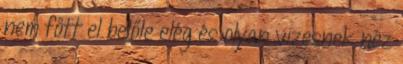
nem főtt el belőle elég és olyan vizesnek néz